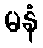
မနံ